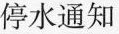
停水通知